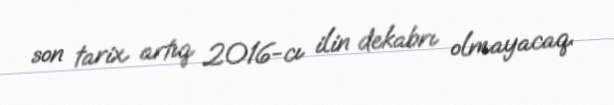
son tarix artıq 2016-cı ilin dekabrı olmayacaq.